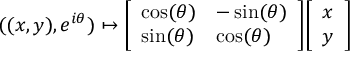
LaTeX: ( ( x , y ) , e ^ { i \theta } ) \mapsto { \left[ \begin{array} { l l } { \cos ( \theta ) } & { - \sin ( \theta ) } \\ { \sin ( \theta ) } & { \cos ( \theta ) } \end{array} \right] } { \left[ \begin{array} { l } { x } \\ { y } \end{array} \right] }